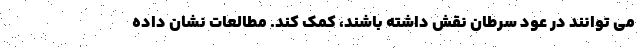
می توانند در عود سرطان نقش داشته باشند، کمک کند. مطالعات نشان داده